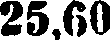
25,60